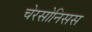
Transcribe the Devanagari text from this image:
चेरसोनिसस